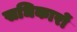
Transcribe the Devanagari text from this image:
सधिकारों